Tartu_linnavalitsus, lk 75
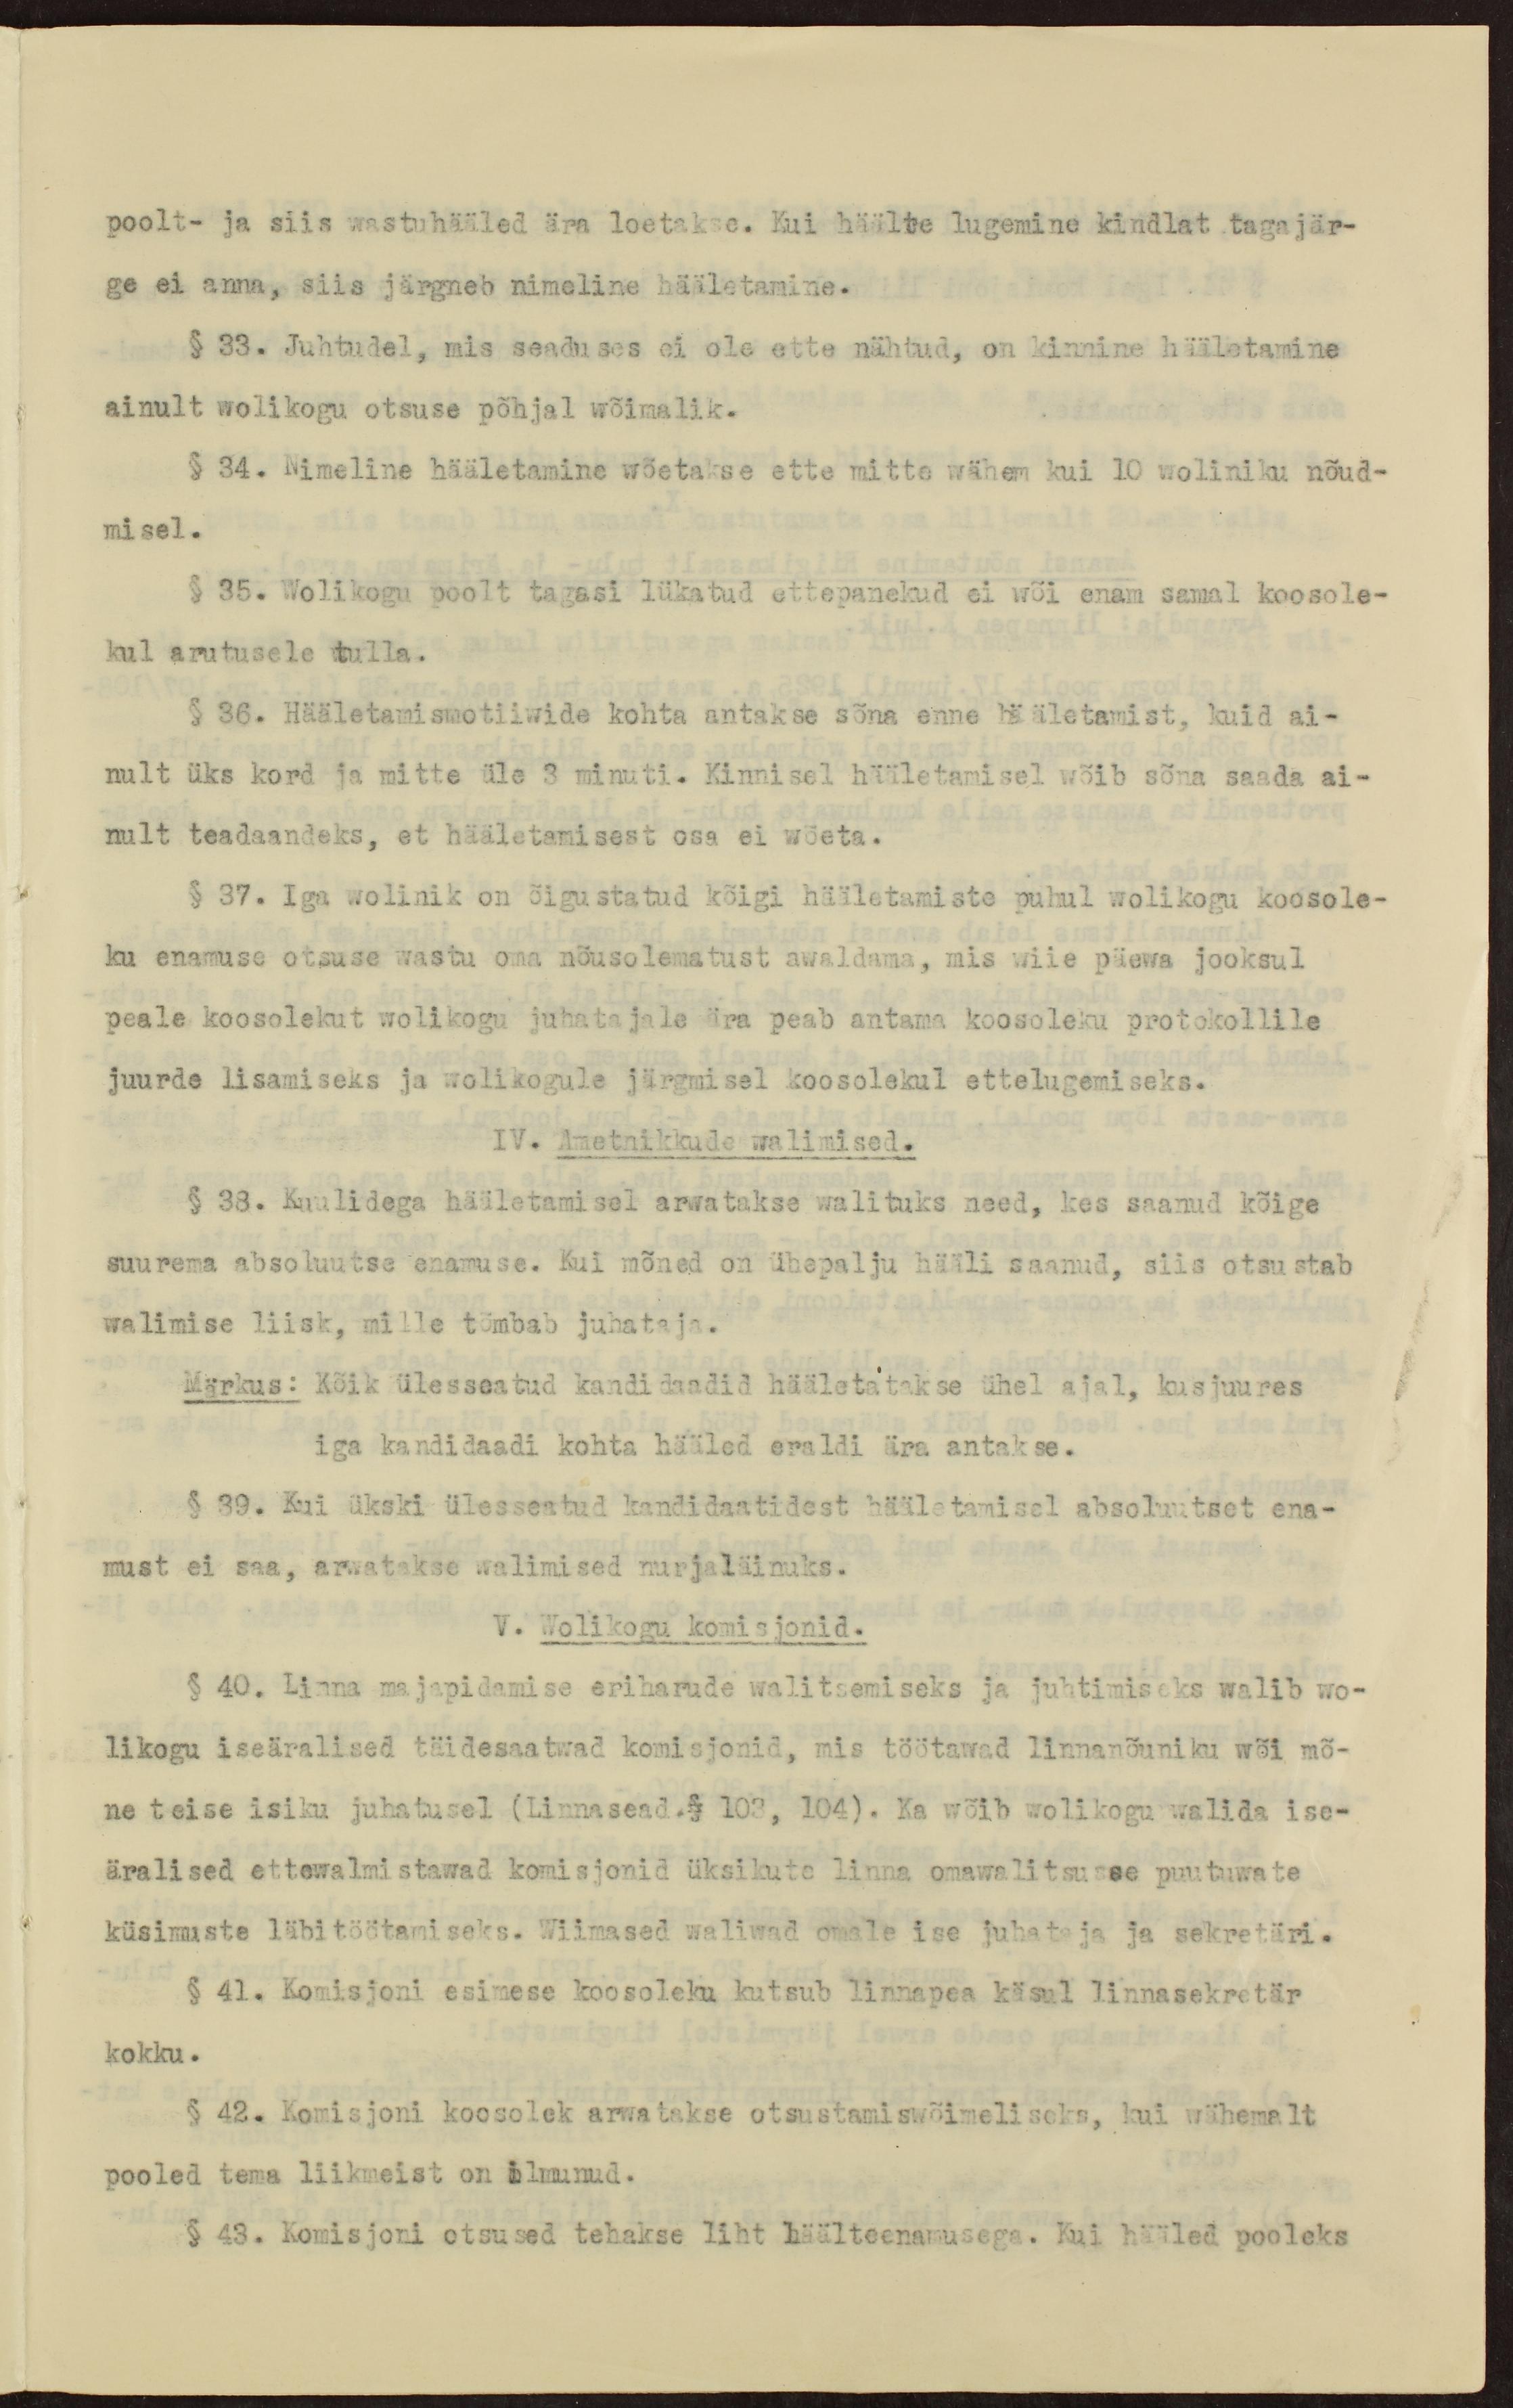
poolt- ja siis wastuhääled ära loetakse. Kui häälte lugemine kindlat tagajär-
ge ei anna, siis järgneb nimeline hääletamine.
§ 33. Juhtudel, mis seaduses ei ole ette nähtud, on kinnine hääletamine
ainult wolikogu otsuse põhjal wõimalik.
§ 34. Nimeline hääletamine wõetakse ette mitte wähem kui 10 woliniku nõud-
misel.
§ 35. Wolikogu poolt tagasi lükatud ettepanekud ei wõi enam samal koosole-
kul arutusele tulla.
§ 36. Hääletamismotiiwide kohta antakse sõna enne hääletamist, kuid ai-
nult üks kord ja mitte üle 3 minuti. Kinnisel hääletamisel wõib sõna saada ai-
nult teadaandeks, et hääletamisest osa ei wõeta.
§ 37. Iga wolinik on õigustatud kõigi hääletamiste puhul wolikogu koosole-
ku enamuse otsuse wastu oma nõusolematust awaldama, mis wiie päewa jooksul
peale koosolekut wolikogu juhatajale ära peab antama koosoleku protokollile
juurde lisamiseks ja wolikogule järgmisel koosolekul ettelugemiseks.
IV. Ametnikkude walimised.
§ 38. Kuulidega hääletamisel arwatakse walituks need, kes saanud kõige
suurema absoluutse enamuse. Kui mõned on ühepalju hääli saanud, siis otsustab
walimise liisk, mille tõmbab juhataja.
Märkus: Kõik ülesseatud kandidaadid hääletatakse ühel ajal, kusjuures
iga kandidaadi kohta hääled eraldi ära antakse.
§ 39. Kui ükski ülesseatud kandidaatidest hääletamisel absoluutset ena-
must ei saa, arwatakse walimised nurjaläinuks.
V. Wolikogu komisjonid.
§ 40. Linna majapidamise eriharude walitsemiseks ja juhtimiseks walib wo-
likogu iseäralised täidesaatwad komisjonid, mis töötawad linnanõuniku wõi mõ-
ne teise isiku juhatusel (Linnasead.§ 103, 104). Ka wõib wolikogu walida ise-
äralised ettewalmistawad komisjonid üksikute linna omawalitsusse puutuwate
küsimuste läbitöötamiseks. Wiimased waliwad omale ise juhataja ja sekretäri.
§ 41. Komisjoni esimese koosoleku kutsub linnapea käsul linnasekretär
kokku.
§ 42. Komisjoni koosolek arwatakse otsustamiswõimeliseks, kui wähemalt
pooled tema liikmeist on ilmunud.
§ 43. Komisjoni otsused tehakse liht häälteenamusega. Kui hääled pooleks